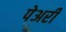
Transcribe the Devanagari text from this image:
पेअरी